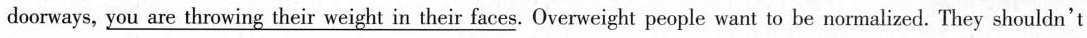
doorways,\underline{you are throwing their weight in their faces}. Overweight people want to be nor malized. They shouldn't